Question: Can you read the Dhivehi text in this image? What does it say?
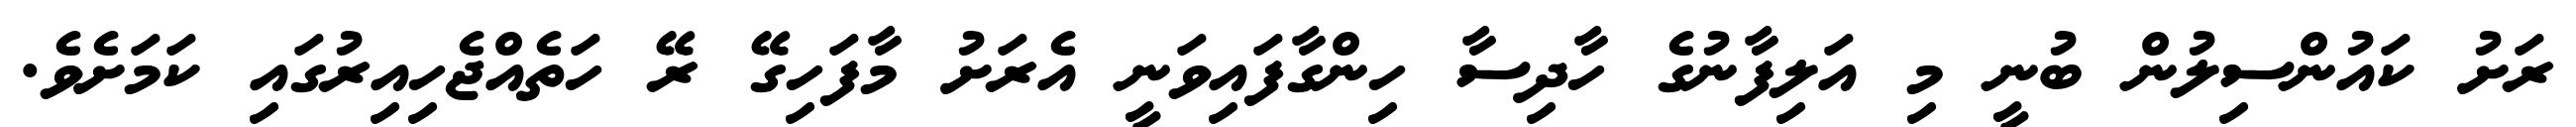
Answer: ރަށު ކައުންސިލުން ބުނީ މި އަލިފާނުގެ ހާދިސާ ހިންގާފައިވަނީ އެރަށު މާފަހިގޭ ރޭ ހަތެއްޖެހިއިރުގައި ކަމަށެވެ.